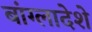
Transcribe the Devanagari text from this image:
बांग्लादेशे